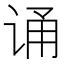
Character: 诵